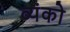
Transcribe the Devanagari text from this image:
व्यंको